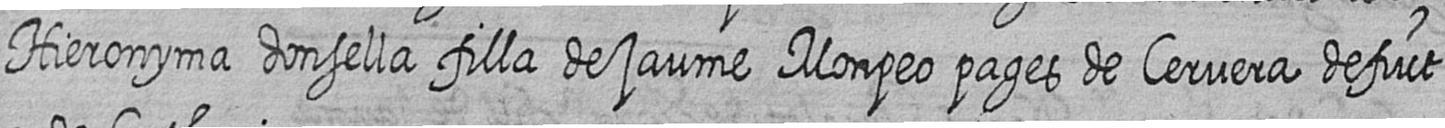
Hieronyma donsella filla de jaume Monpeo pages de Cervera defuct